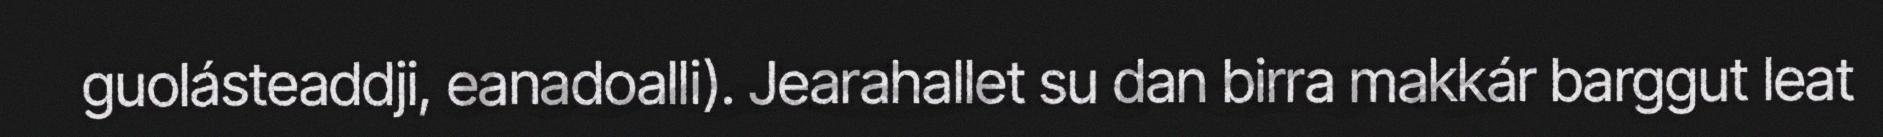
guolásteaddji, eanadoalli). Jearahallet su dan birra makkár barggut leat